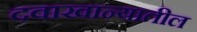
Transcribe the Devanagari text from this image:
दवाखान्यातील